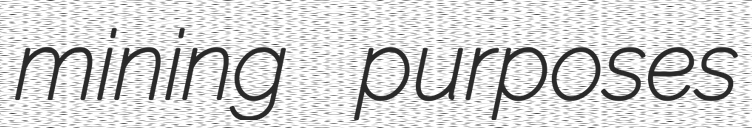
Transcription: mining purposes